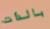
بالذات